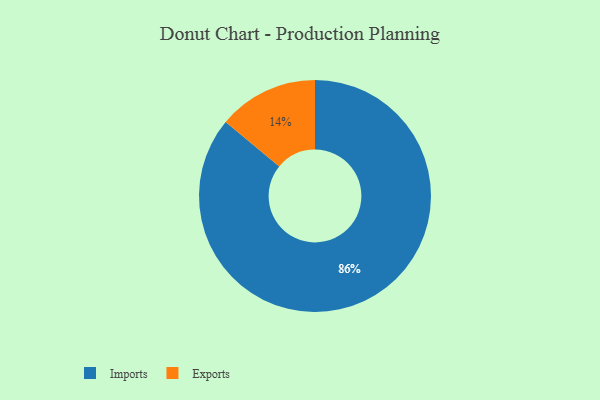
{"axis": {"x": "Category", "y": "Percentage"}, "legend": ["Exports", "Imports"], "data": [{"x": "Imports", "y": 86, "type": "Imports"}, {"x": "Exports", "y": 14, "type": "Exports"}]}